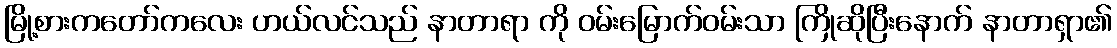
မြို့စားကတော်ကလေး ဟယ်လင်သည် နာတာရာ ကို ဝမ်းမြောက်ဝမ်းသာ ကြိုဆိုပြီးနောက် နာတာရှာ၏